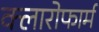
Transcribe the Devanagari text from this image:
क्लारोफार्म